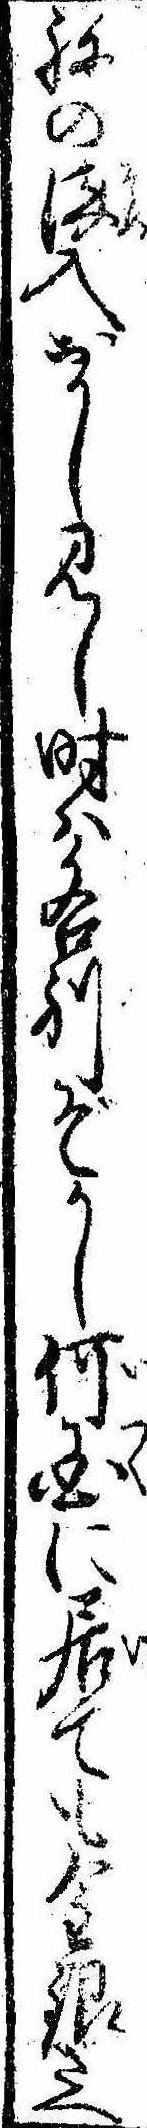
ねの染入おかし見し時は各別ぞかし何国に居ても金銀さへ